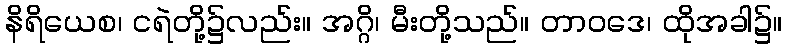
နိရိယေစ၊ ငရဲတို့၌လည်း။ အဂ္ဂိ၊ မီးတို့သည်။ တာဝဒေ၊ ထိုအခါ၌။